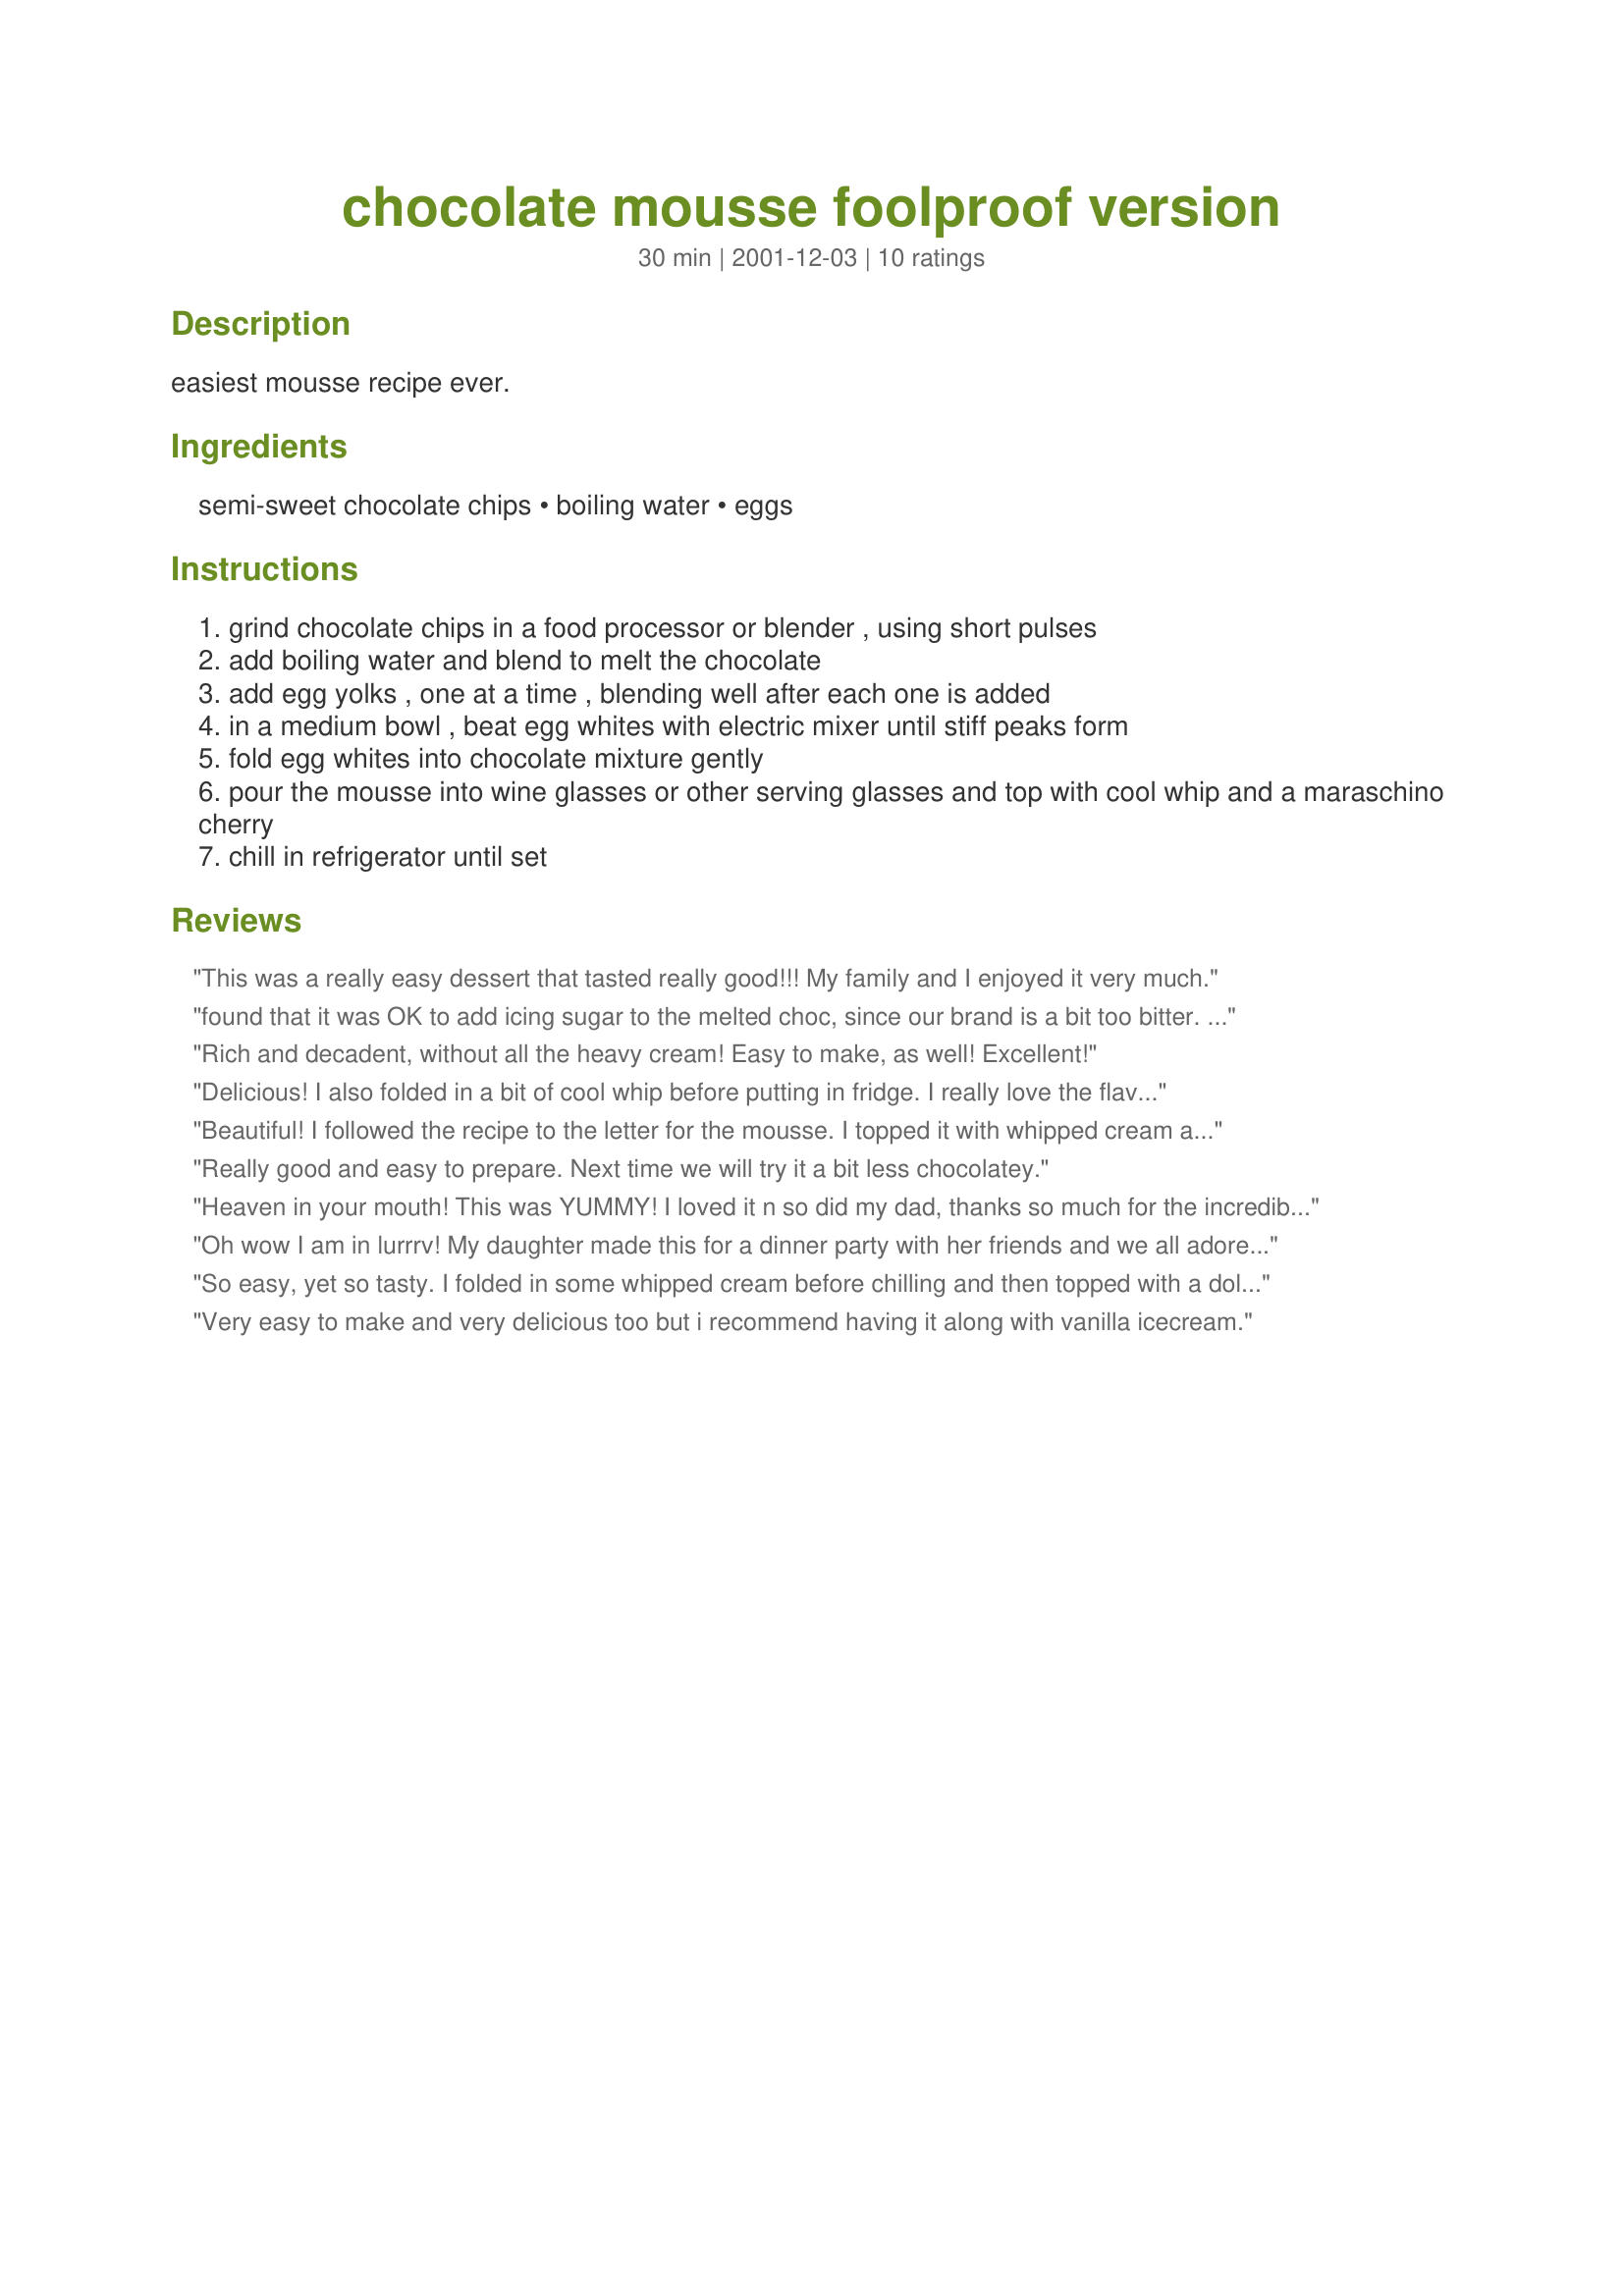
chocolate mousse foolproof version
Preparation time: 30 minutes

easiest mousse recipe ever.

Ingredients:
semi-sweet chocolate chips, boiling water, eggs

Steps:
grind chocolate chips in a food processor or blender , using short pulses
add boiling water and blend to melt the chocolate
add egg yolks , one at a time , blending well after each one is added
in a medium bowl , beat egg whites with electric mixer until stiff peaks form
fold egg whites into chocolate mixture gently
pour the mousse into wine glasses or other serving glasses and top with cool whip and a maraschino cherry
chill in refrigerator until set

Reviews:
This was a really easy dessert that tasted really good!!! My family and I enjoyed it very much.
found that it was OK to add icing sugar to the melted choc, since our brand is a bit too bitter. My dairy allergic son enjoyed it lots - so thanks!!
Rich and decadent, without all the heavy cream! Easy to make, as well!
Excellent!
Delicious! I also folded in a bit of cool whip before putting in fridge. I really love the flavor and texture of this mousse and it was super easy to make. Now if only I hadn't made a whole batch for just hubby and I lol. I guess that calorie counting is gonna have to go out the window tonight and tomorrow!
Beautiful! I followed the recipe to the letter for the mousse. I topped it with whipped cream and a crumbled peppermint crisp. My guests loved it. I was concerned that it could have been more aerated (even though it was quite light). One female guest said the only improvement I could have made would be if I had waited for the melted chocolate in the blender to cool somewhat prior to adding the egg yolks. The improvement was not required for enjoyment that night, but if you're a perfectionist, that might be the way to go. Thanks for sharing the recipe Millie!
Really good and easy to prepare. Next time we will try it a bit less chocolatey.
Heaven in your mouth! This was YUMMY! I loved it n so did my dad, thanks so much for the incredible choc mousse, we all say Thank you to you from this end of the world on Zaar day!
Truly, this is the easiest mousse recipe I've ever ever come across!
Oh wow I am in lurrrv! My daughter made this for a dinner party with her friends and we all adored it! So easy to make no dairy and beautiful thank you SO much the perfect dessert you are my best friend :)
So easy, yet so tasty. I folded in some whipped cream before chilling and then topped with a dollup of whipped cream to serve.
Very easy to make and very delicious too but i recommend having it along with vanilla icecream.
